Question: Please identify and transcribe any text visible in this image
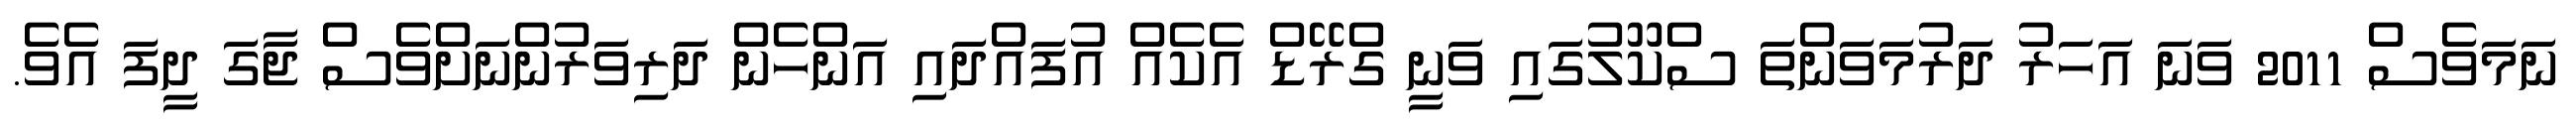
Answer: ނަމަވެސް 2011 ވަނަ އަހަރު ދަރުމަވަންތަ ސްކޫލުގައި ވަނީ ގްރޭޑް އެކެއް އުފައްދައި އަންހެން ދަރިވަރުންނަށްވެސް ޖާގަ ދީފަ އެވެ.